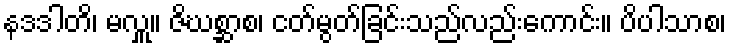
နဒဒါတိ၊ မလှူ။ ဇိဃစ္ဆာစ၊ ငတ်မွတ်ခြင်းသည်လည်းကောင်း။ ပိပါသာစ၊